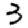
Digit: 3